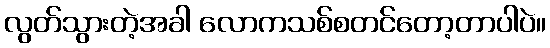
လွတ်သွားတဲ့အခါ လောကသစ်စတင်တော့တာပါပဲ။